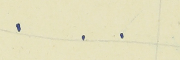
.    .    .